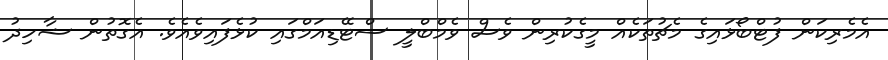
އެމެރިކަން ފުޓްބޯޅައިގެ މެޗުތަކެއް މީގެކުރިން ވެސް ވެމްބްލީ ސްޓޭޑިއަމްގައި ކުޅެފައިވެއެވެ. އެގޮތުން ޝާހިދު